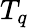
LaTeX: T_{q}